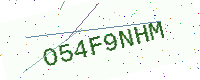
Text: O54F9NHM